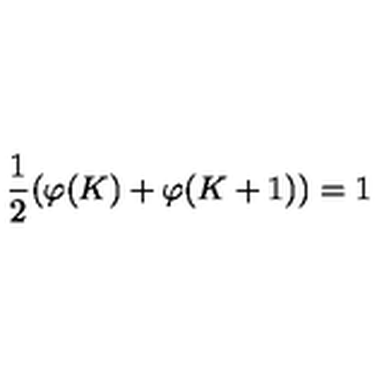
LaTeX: \frac { 1 } { 2 } ( \varphi ( K ) + \varphi ( K + 1 ) ) = 1